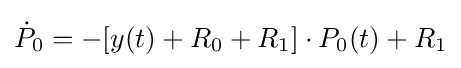
{\dot {P}}_{0}=-[y(t)+R_{0}+R_{1}]\cdot P_{0}(t)+R_{1}